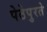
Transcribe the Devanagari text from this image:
पेठेपुरते